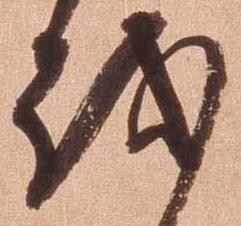
越